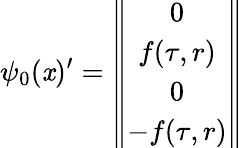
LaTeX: \psi_{0}(\mathit{x})^{\prime}=\left\| \begin{array}{c}{{0}}\\ {{f(\tau,r)}}\\ {{0}}\\ {{-f(\tau,r)}}\end{array}\right\|